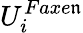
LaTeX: U_{i}^{Faxe\mathfrak{n}}